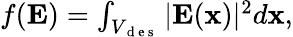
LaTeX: \begin{array}{r}{f(\textbf{E})=\int_{V_{\mathrm{~d~e~s~}}}|\textbf{E}(\textbf{x})|^{2}d\textbf{x},}\end{array}